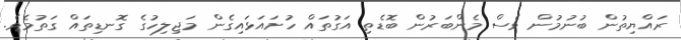
ރައްޔިތުން ބުނުމުން ވެސް މެންބަރުން ބޮޑެތި އަގުތައް ހުށައަޅައިގެން މަޖިލިހުގެ ގޮނޑިތައް ގަތުމެވެ.